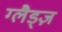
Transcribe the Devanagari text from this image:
ग्लैड्ज़